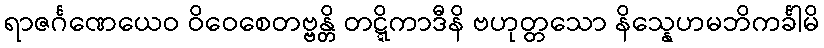
ရာဇင်္ဂဏေယေဝ ဝိဝေစေတဗ္ဗန္တိ တဋ္ဋိကာဒီနိ ဗဟုတ္တသော နိသ္နေဟမဘိကင်္ခါမိ